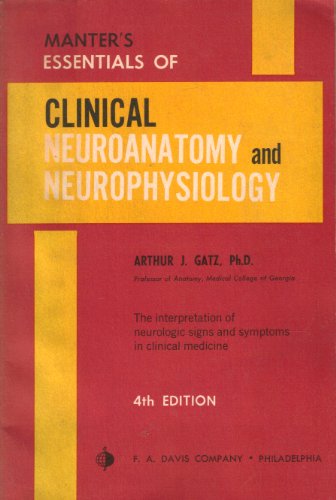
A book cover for Manter's Essentials of Clinical Neuroanatomy and Neurophysiology; Arthur J. Gatz; Medical Books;